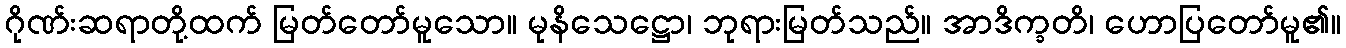
ဂိုဏ်းဆရာတို့ထက် မြတ်တော်မူသော။ မုနိသေဋ္ဌော၊ ဘုရားမြတ်သည်။ အာဒိက္ခတိ၊ ဟောပြတော်မူ၏။